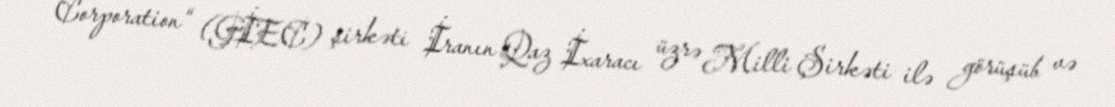
Corporation“ (GİEC) şirkəti İranın Qaz İxaracı üzrə Milli Şirkəti ilə görüşüb və